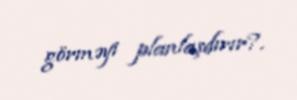
görməyi planlaşdırır?.